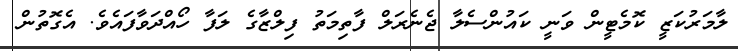
ލާމަރުކަޒީ ކޮމެޓީން ވަނީ ކައުންސެލާ ޖެނެރަލް ފާތިމަތު ފިލްޒާގެ ލަފާ ހޯއްދަވާފައެވެ. އެގޮތުން